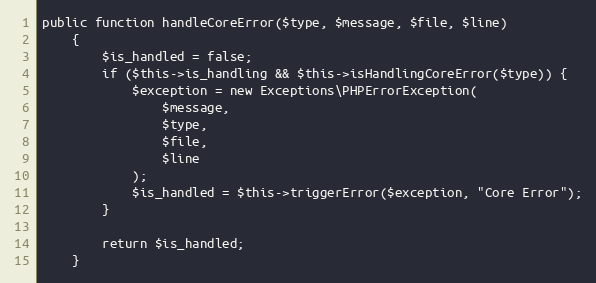
Language: PHP
public function handleCoreError($type, $message, $file, $line)
    {
        $is_handled = false;
        if ($this->is_handling && $this->isHandlingCoreError($type)) {
            $exception = new Exceptions\PHPErrorException(
                $message,
                $type,
                $file,
                $line
            );
            $is_handled = $this->triggerError($exception, "Core Error");
        }

        return $is_handled;
    }